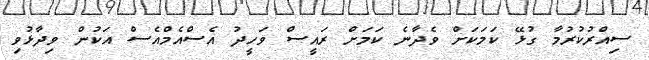
ސިއްރުކުރުމާ ގުޅޭ ކަމަކަށް ވެދާނެ ކަމަށް ރައީސް ވަހީދު އެސްއެމްއެސް އަކުން ވިދާޅުވި